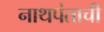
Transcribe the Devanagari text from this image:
नाथपंताची